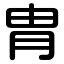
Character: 胄